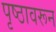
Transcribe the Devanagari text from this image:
पृष्ठावरून